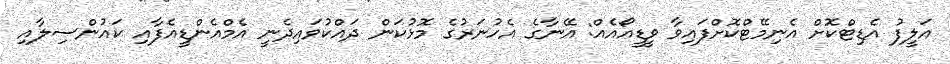
އަލީފު އެޑިޓްކޮށް އެނިމޭޓްކޮށްފައިވާ ވީޑީއޯއެއް: އޭނާގެ އެހުނަރުގެ މޮޅުކަން ދައްކުވައިދެނީ އެމްއެންޑީއެފާއި ކައުންސިލާއި